Vaccination in Bombay 1863-1868 - 1863-1868
Year: 1863
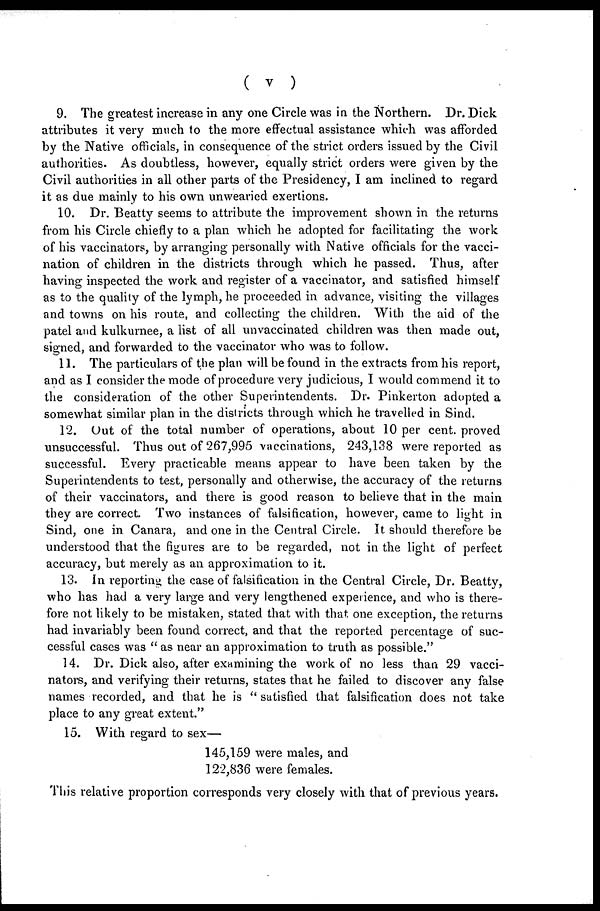
( v
)
9. The greatest increase in any one Circle was in the Northern. Dr. Dick
attributes it very much to the more effectual assistance which was afforded
by the Native officials, in consequence of the strict orders issued by the Civil
authorities. As doubtless, however, equally strict orders were given by the
Civil authorities in all other parts of the Presidency, I am inclined to regard
it as due mainly to his own unwearied exertions.
10. Dr. Beatty seems to attribute the improvement shown in the returns
from his Circle chiefly to a plan which he adopted for facilitating the work
of his vaccinators, by arranging personally with Native officials for the vacci-
nation of children in the districts through which he passed. Thus, after
having inspected the work and register of a vaccinator, and satisfied himself
as to the quality of the lymph, he proceeded in advance, visiting the villages
and towns on his route, and collecting the children. With the aid of the
patel and kulkurnee, a list of all unvaccinated children was then made out,
signed, and forwarded to the vaccinator who was to follow.
11. The particulars of the plan will be found in the extracts from his report,
and as I consider the mode of procedure very judicious, I would commend it to
the consideration of the other Superintendents. Dr. Pinkerton adopted a
somewhat similar plan in the districts through which he travelled in Sind.
12. Out of the total number of operations, about 10 per cent. proved
unsuccessful. Thus out of 267,995 vaccinations, 243,138 were reported as
successful. Every practicable means appear to have been taken by the
Superintendents to test, personally and otherwise, the accuracy of the returns
of their vaccinators, and there is good reason to believe that in the main
they are correct. Two instances of falsification, however, came to light in
Sind, one in Canara, and one in the Central Circle. It should therefore be
understood that the figures are to be regarded, not in the light of perfect
accuracy, but merely as an approximation to it.
13. In reporting the case of falsification in the Central Circle, Dr. Beatty,
who has had a very large and very lengthened experience, and who is there-
fore not likely to be mistaken, stated that with that one exception, the returns
had invariably been found correct, and that the reported percentage of suc-
cessful cases was " as near an approximation to truth as possible."
14. Dr. Dick also, after examining the work of no less than 29 vacci-
nators, and verifying their returns, states that he failed to discover any false
names recorded, and that he is "satisfied that falsification does not take
place to any great extent."
15. With regard to sex—
145,159 were males, and
122,836 were females.
This relative proportion corresponds very closely with that of previous years.